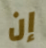
إن